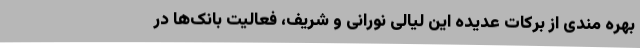
بهره مندی از برکات عدیده این لیالی نورانی و شریف، فعالیت بانک‌ها در